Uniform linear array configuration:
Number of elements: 48
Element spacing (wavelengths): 1
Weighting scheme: cosine
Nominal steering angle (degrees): -30
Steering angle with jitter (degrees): -28.214
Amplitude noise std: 0.05
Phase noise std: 0.05

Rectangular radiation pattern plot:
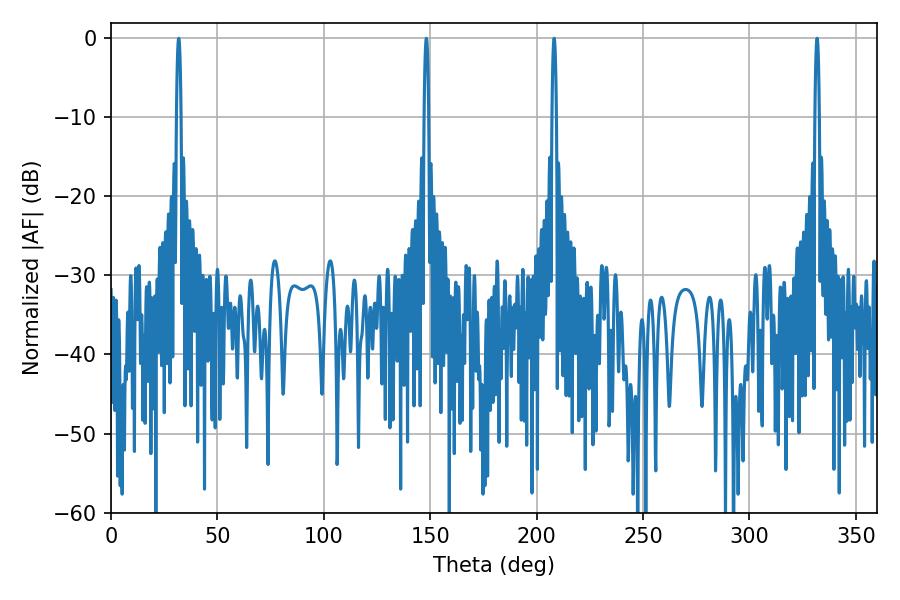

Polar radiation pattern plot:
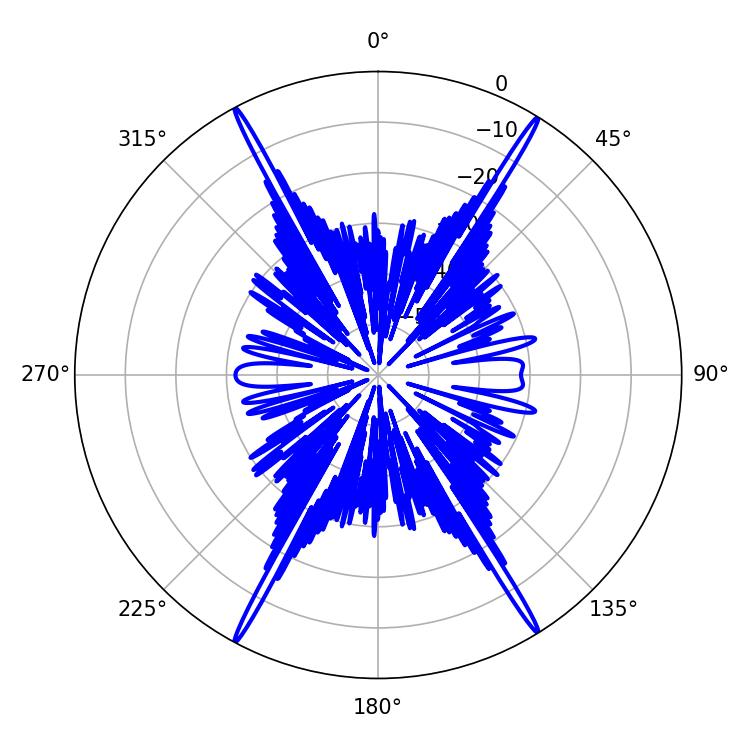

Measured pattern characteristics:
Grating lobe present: TRUE
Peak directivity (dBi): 27.312
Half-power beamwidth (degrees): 1.08
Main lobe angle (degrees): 331.74